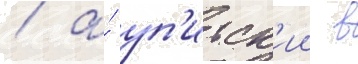
/ а́ уп'итск'ии в